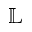
\mathbb { L }